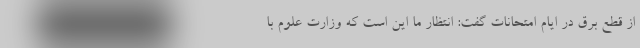
از قطع برق در ایام امتحانات گفت: انتظار ما این است که وزارت علوم با